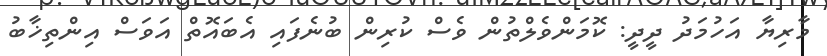
މާރިޔާ އަހުމަދު ދީދީ: ކޮމަންވެލްތުން ވެސް ކުރިން ބުނެފައި އެބައޮތް އަވަސް އިންތިޚާބު